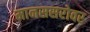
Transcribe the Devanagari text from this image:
मानससरोवर